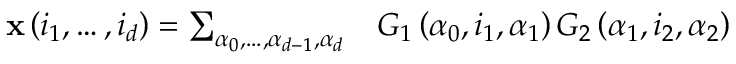
\begin{array} { r l } { \mathbf { x } \left( i _ { 1 } , \ldots , i _ { d } \right) = \sum _ { \alpha _ { 0 } , \ldots , \alpha _ { d - 1 } , \alpha _ { d } } } & { { } G _ { 1 } \left( \alpha _ { 0 } , i _ { 1 } , \alpha _ { 1 } \right) G _ { 2 } \left( \alpha _ { 1 } , i _ { 2 } , \alpha _ { 2 } \right) } \end{array}